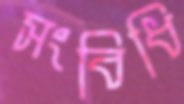
সংবিধি